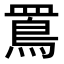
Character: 𪾖